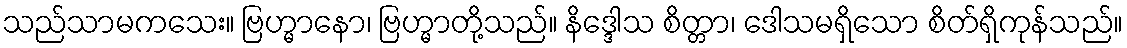
သည်သာမကသေး။ ဗြဟ္မာနော၊ ဗြဟ္မာတို့သည်။ နိဒ္ဒေါသ စိတ္တာ၊ ဒေါသမရှိသော စိတ်ရှိကုန်သည်။